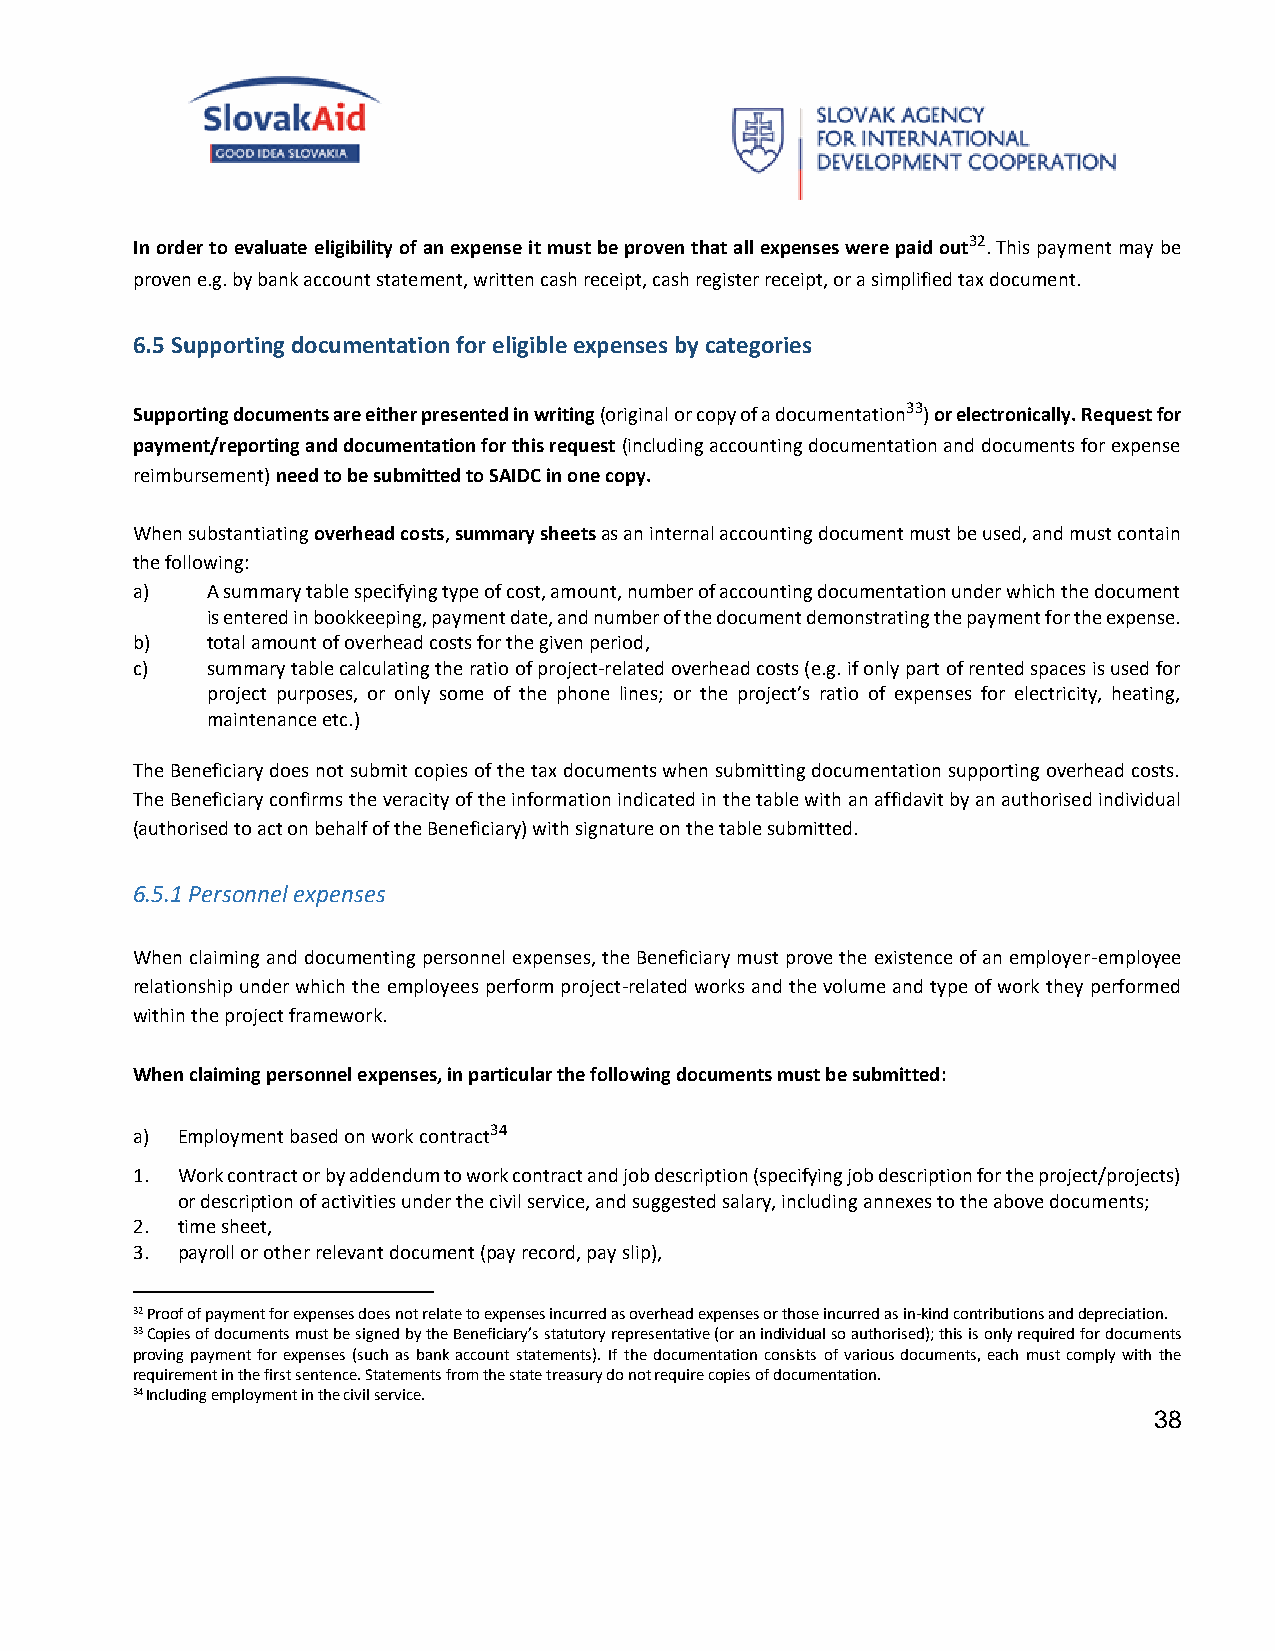
In order to evaluate eligibility of an expense it must be proven that all expenses were paid out32. This payment may be
 proven e.g. by bank account statement, written cash receipt, cash register receipt, or a simplified tax document.
 6.5 Supporting documentation for eligible expenses by categories
 Supporting documents are either presented in writing (original or copy of a documentation33) or electronically. Request for
 payment/reporting and documentation for this request (including accounting documentation and documents for expense
 reimbursement) need to be submitted to SAIDC in one copy.
 When substantiating overhead costs, summary sheets as an internal accounting document must be used, and must contain
 the following:
 a)   A summary table specifying type of cost, amount, number of accounting documentation under which the document
 is entered in bookkeeping, payment date, and number of the document demonstrating the payment for the expense.
 b)   total amount of overhead costs for the given period,
 c)   summary table calculating the ratio of project-related overhead costs (e.g. if only part of rented spaces is used for
 project purposes, or only some of the phone lines; or the project’s ratio of expenses for electricity, heating,
 maintenance etc.)
 The Beneficiary does not submit copies of the tax documents when submitting documentation supporting overhead costs.
 The Beneficiary confirms the veracity of the information indicated in the table with an affidavit by an authorised individual
 (authorised to act on behalf of the Beneficiary) with signature on the table submitted.
 6.5.1 Personnel expenses
 When claiming and documenting personnel expenses, the Beneficiary must prove the existence of an employer-employee
 relationship under which the employees perform project-related works and the volume and type of work they performed
 within the project framework.
 When claiming personnel expenses, in particular the following documents must be submitted:
 a) Employment based on work contract34
 1. Work contract or by addendum to work contract and job description (specifying job description for the project/projects)
 or description of activities under the civil service, and suggested salary, including annexes to the above documents;
 2. time sheet,
 3. payroll or other relevant document (pay record, pay slip),
 32 Proof of payment for expenses does not relate to expenses incurred as overhead expenses or those incurred as in-kind contributions and depreciation.
 33 Copies of documents must be signed by the Beneficiary’s statutory representative (or an individual so authorised); this is only required for documents
 proving payment for expenses (such as bank account statements). If the documentation consists of various documents, each must comply with the
 requirement in the first sentence. Statements from the state treasury do not require copies of documentation.
 34 Including employment in the civil service.
 38